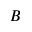
B